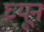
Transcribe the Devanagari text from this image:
घ्यून